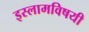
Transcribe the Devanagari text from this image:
इस्लामविषयी